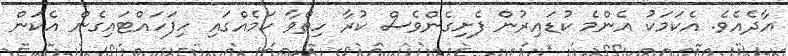
އާދެއެވެ. އެކަމަކު އެންމެ ކުޑައިރުން ފެށިގެންވެސް ކުރާ ހިތްވާ ކަމެއްގައި ހިފަހައްޓައިގެން އެކަން